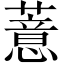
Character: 薏